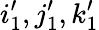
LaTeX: i_{1}^{\prime},j_{1}^{\prime},k_{1}^{\prime}